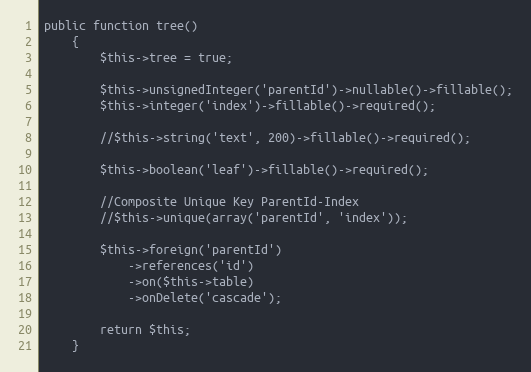
Language: PHP
public function tree()
    {
        $this->tree = true;

        $this->unsignedInteger('parentId')->nullable()->fillable();
        $this->integer('index')->fillable()->required();

        //$this->string('text', 200)->fillable()->required();

        $this->boolean('leaf')->fillable()->required();

        //Composite Unique Key ParentId-Index
        //$this->unique(array('parentId', 'index'));

        $this->foreign('parentId')
            ->references('id')
            ->on($this->table)
            ->onDelete('cascade');

        return $this;
    }